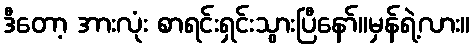
ဒီတော့ အားလုံး စာရင်းရှင်းသွားပြီနော်။မှန်ရဲ့လား။